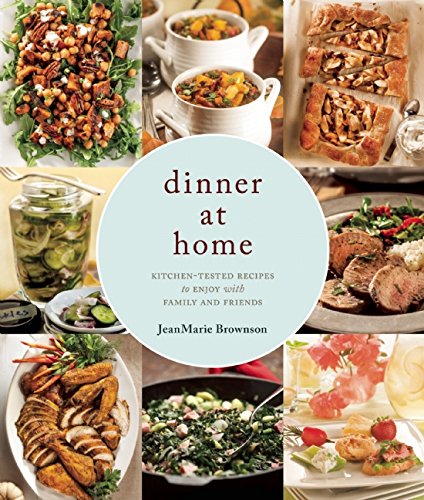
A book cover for Dinner at Home: 140 Recipes to Enjoy with Family and Friends; JeanMarie Brownson; Cookbooks, Food & Wine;